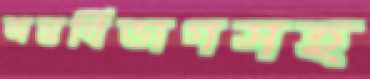
অন্তর্বিভাগসহ